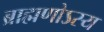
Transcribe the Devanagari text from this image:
ब्राह्मणोऽस्य